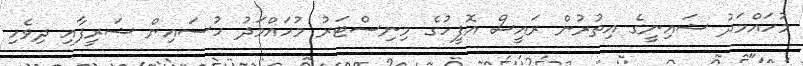
މުހައްމަދު ޝައިނީގެ އިތުރުން ރައީސް އޮފީހުގެ މިނިސްޓަރު މުހައްމަދު ހުސައިން ޝަރީފާއި ދިވެހި